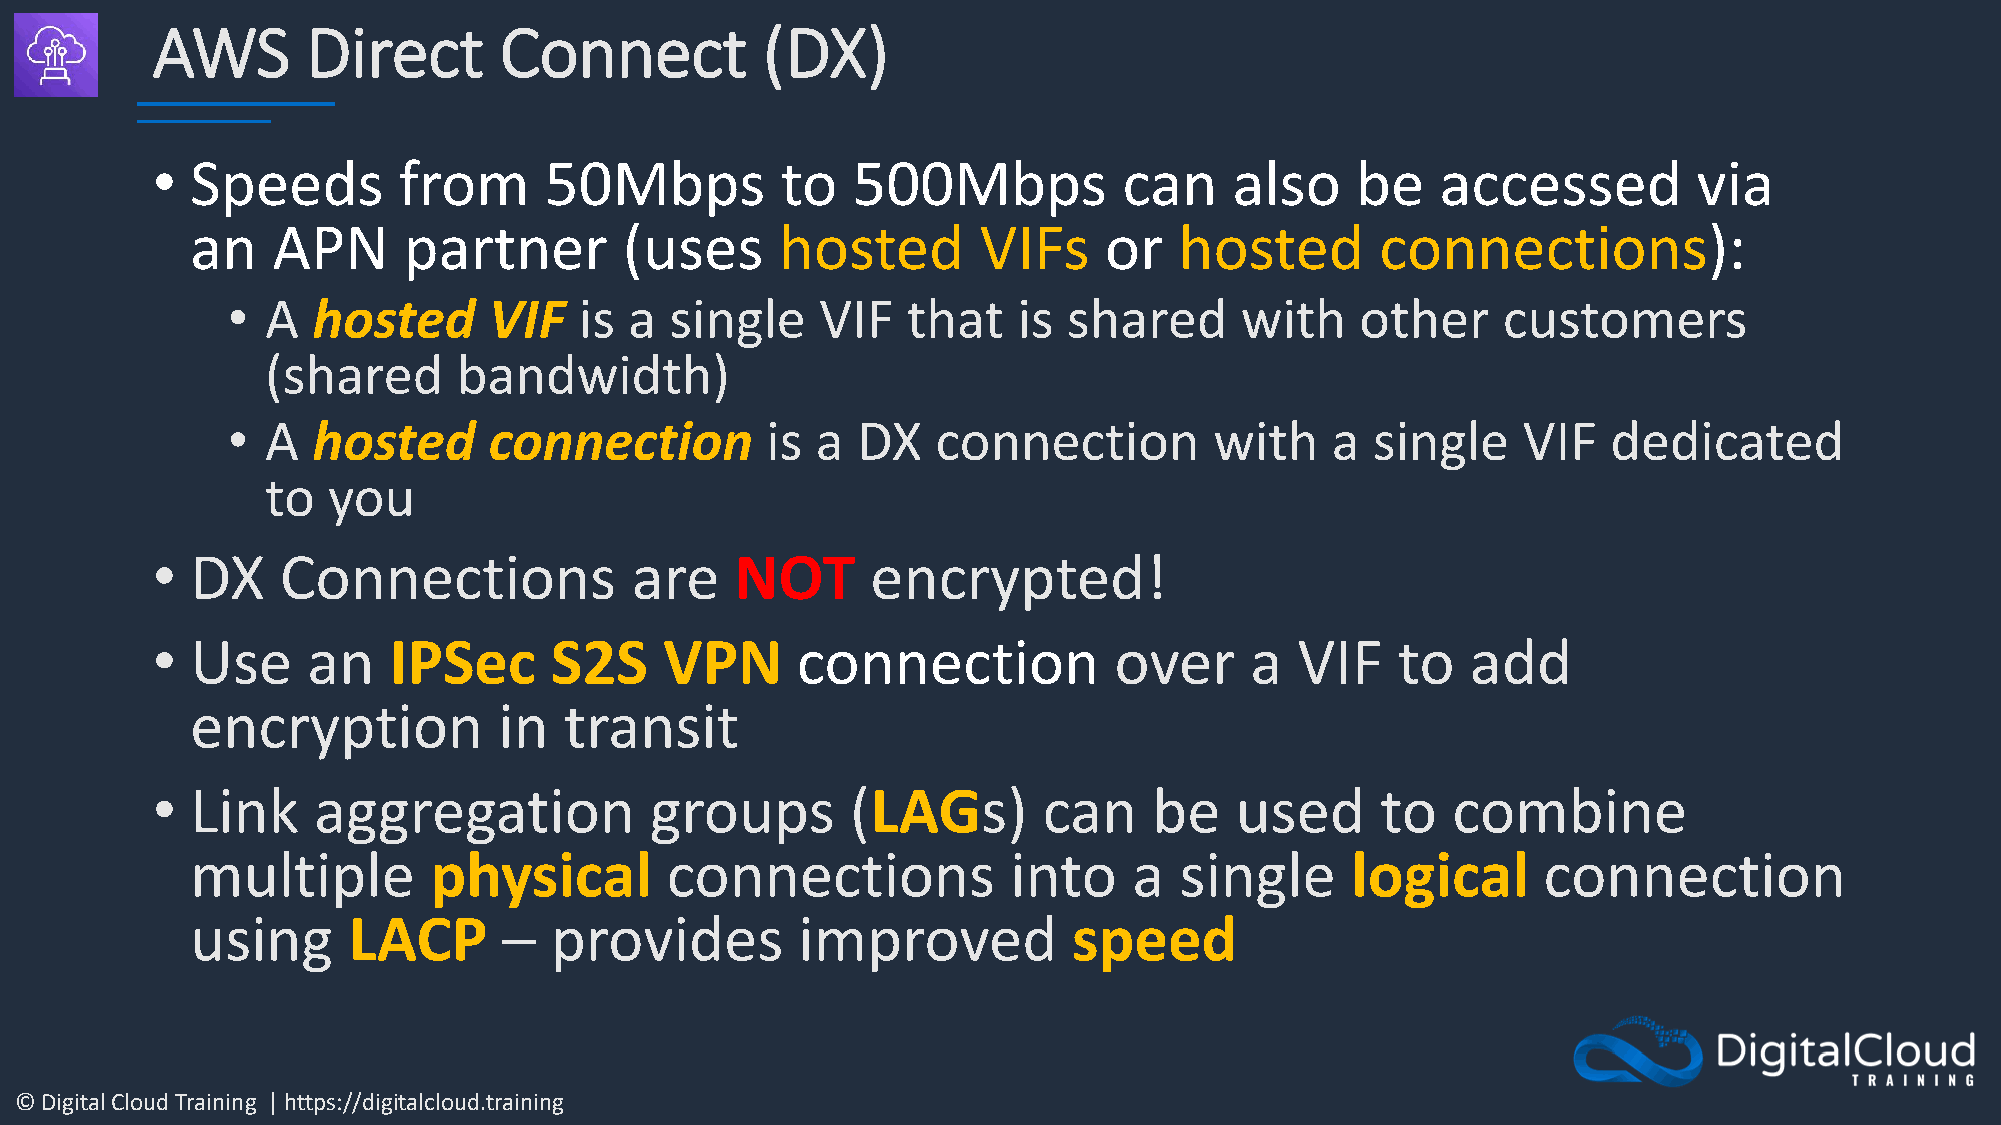
AWS       Direct       Connect          (DX)
 •  Speeds       from      50Mbps          to  500Mbps           can     also    be   accessed         via
 an   APN      partner       (uses      hosted       VIFs    or   hosted       connections):
 •  A  hosted     VIF   is  a single    VIF   that   is  shared     with    other    customers
 (shared     bandwidth)
 •  A  hosted     connection         is a  DX   connection        with    a  single    VIF   dedicated
 to  you
 •  DX    Connections            are    NOT      encrypted!
 •  Use    an    IPSec     S2S     VPN      connection           over     a  VIF   to   add
 encryption          in  transit
 •  Link    aggregation           groups       (LAGs)       can    be    used     to   combine
 multiple       physical        connections            into    a  single     logical      connection
 using     LACP      –  provides         improved          speed
 © Digital Cloud Training | https://digitalcloud.training